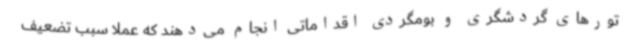
تورهای گردشگری و بومگردی اقداماتی انجام می‌دهند که عملاً سبب تضعیف